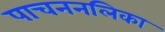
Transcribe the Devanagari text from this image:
पाचननलिका